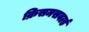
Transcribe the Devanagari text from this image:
क्रिसमसवर्ल्ड